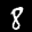
Label: 8